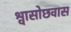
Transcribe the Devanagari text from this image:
श्वासोछवास